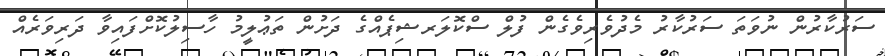
ސަރުކާރުން ނުވަތަ ސަރުކާރު މެދުވެރިވެގެން ފުލް ސްކޮލަރޝިޕެއްގެ ދަށުން ތަޢުލީމު ހާސިލުކޮށްފައިވާ ދަރިވަރެއް